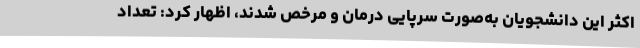
اکثر این دانشجویان به‌صورت سرپایی درمان و مرخص شدند، اظهار کرد: تعداد